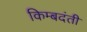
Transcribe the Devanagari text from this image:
किम्बदंती